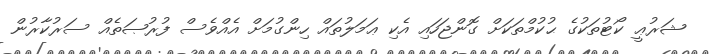
ޝަރުޢީ ކޯޓުތަކުގެ ޙުކުމްތަކަށް ގޮންޖަހައި އެކި ޢަމަލުތައް ހިންގުމަށް އެއްވެސް ފުރުޞަތެއް ސަރުކާރުން